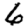
Digit: 6